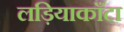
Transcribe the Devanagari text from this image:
लड़ियाकाँटा